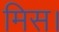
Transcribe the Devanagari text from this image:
मिस।